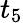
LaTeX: t_{5}